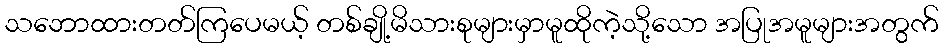
သဘောထားတတ်ကြပေမယ့် တစ်ချို့မိသားစုများမှာမူထိုကဲ့သို့သော အပြုအမူများအတွက်